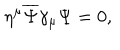
\eta ^ { \mu } { \overline { { \Psi } } } \gamma _ { \mu } \Psi = 0 ,